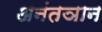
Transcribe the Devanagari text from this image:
अनंतञान